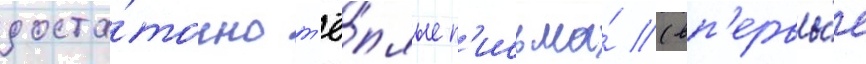
доста́точно т'ё́плые п'исьма́ (вп'ервы́е